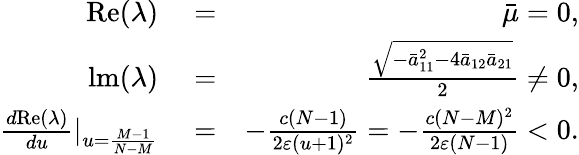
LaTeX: \begin{array}{rlr}{\mathrm{Re}(\lambda)}&{{}=}&{\bar{\mu}=0,}\\ {\mathrm{lm}(\lambda)}&{{}=}&{\frac{\sqrt{-\bar{a}_{11}^{2}-4\bar{a}_{12}\bar{a}_{21}}}{2}\neq 0,}\\ {\frac{d\mathrm{Re}(\lambda)}{du}|_{u=\frac{M-1}{N-M}}}&{{}=}&{-\frac{c(N-1)}{2\varepsilon(u+1)^{2}}=-\frac{c(N-M)^{2}}{2\varepsilon(N-1)}<0.}\end{array}